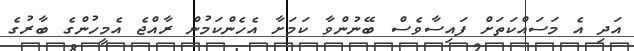
އަދި އެ މަސައްކަތަށް ފައިސާވެސް ބޭނުންވާ ކަމަށާ އެހެންކަމުން ރާއްޖެ އެމީހުންގެ ބާރުގެ